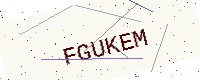
Text: FGUKEM